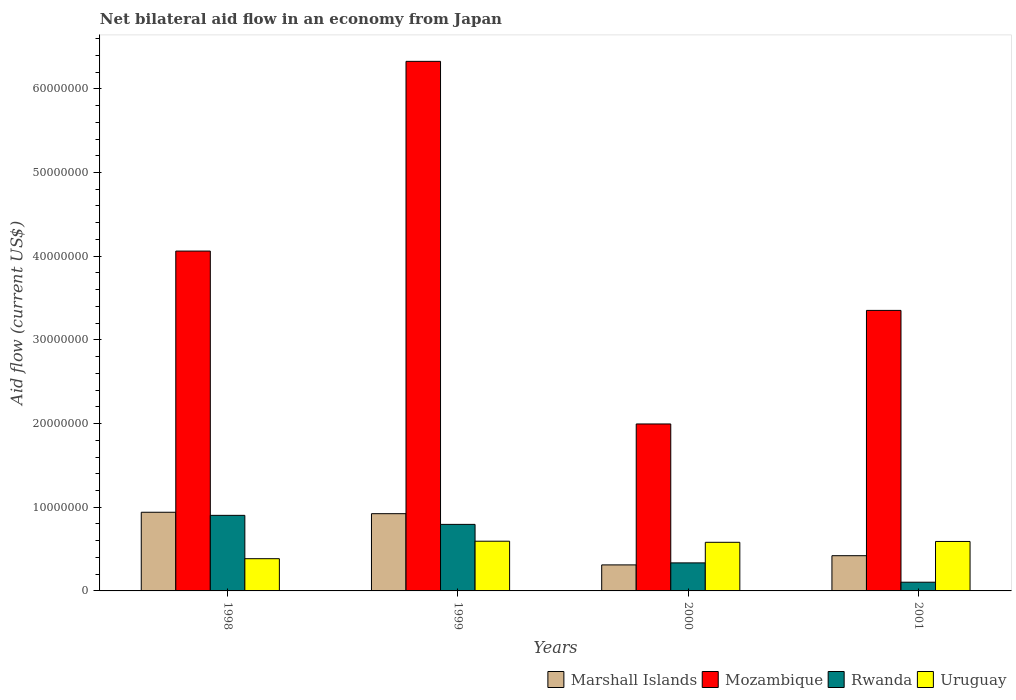
| Years | Marshall Islands | Mozambique | Rwanda | Uruguay |
 | --- | --- | --- | --- | --- |
 | 1998 | 9.4e+06 | 4.06e+07 | 9.03e+06 | 3.85e+06 |
 | 1999 | 9.23e+06 | 6.33e+07 | 7.95e+06 | 5.94e+06 |
 | 2000 | 3.11e+06 | 2e+07 | 3.35e+06 | 5.81e+06 |
 | 2001 | 4.21e+06 | 3.35e+07 | 1.04e+06 | 5.91e+06 |